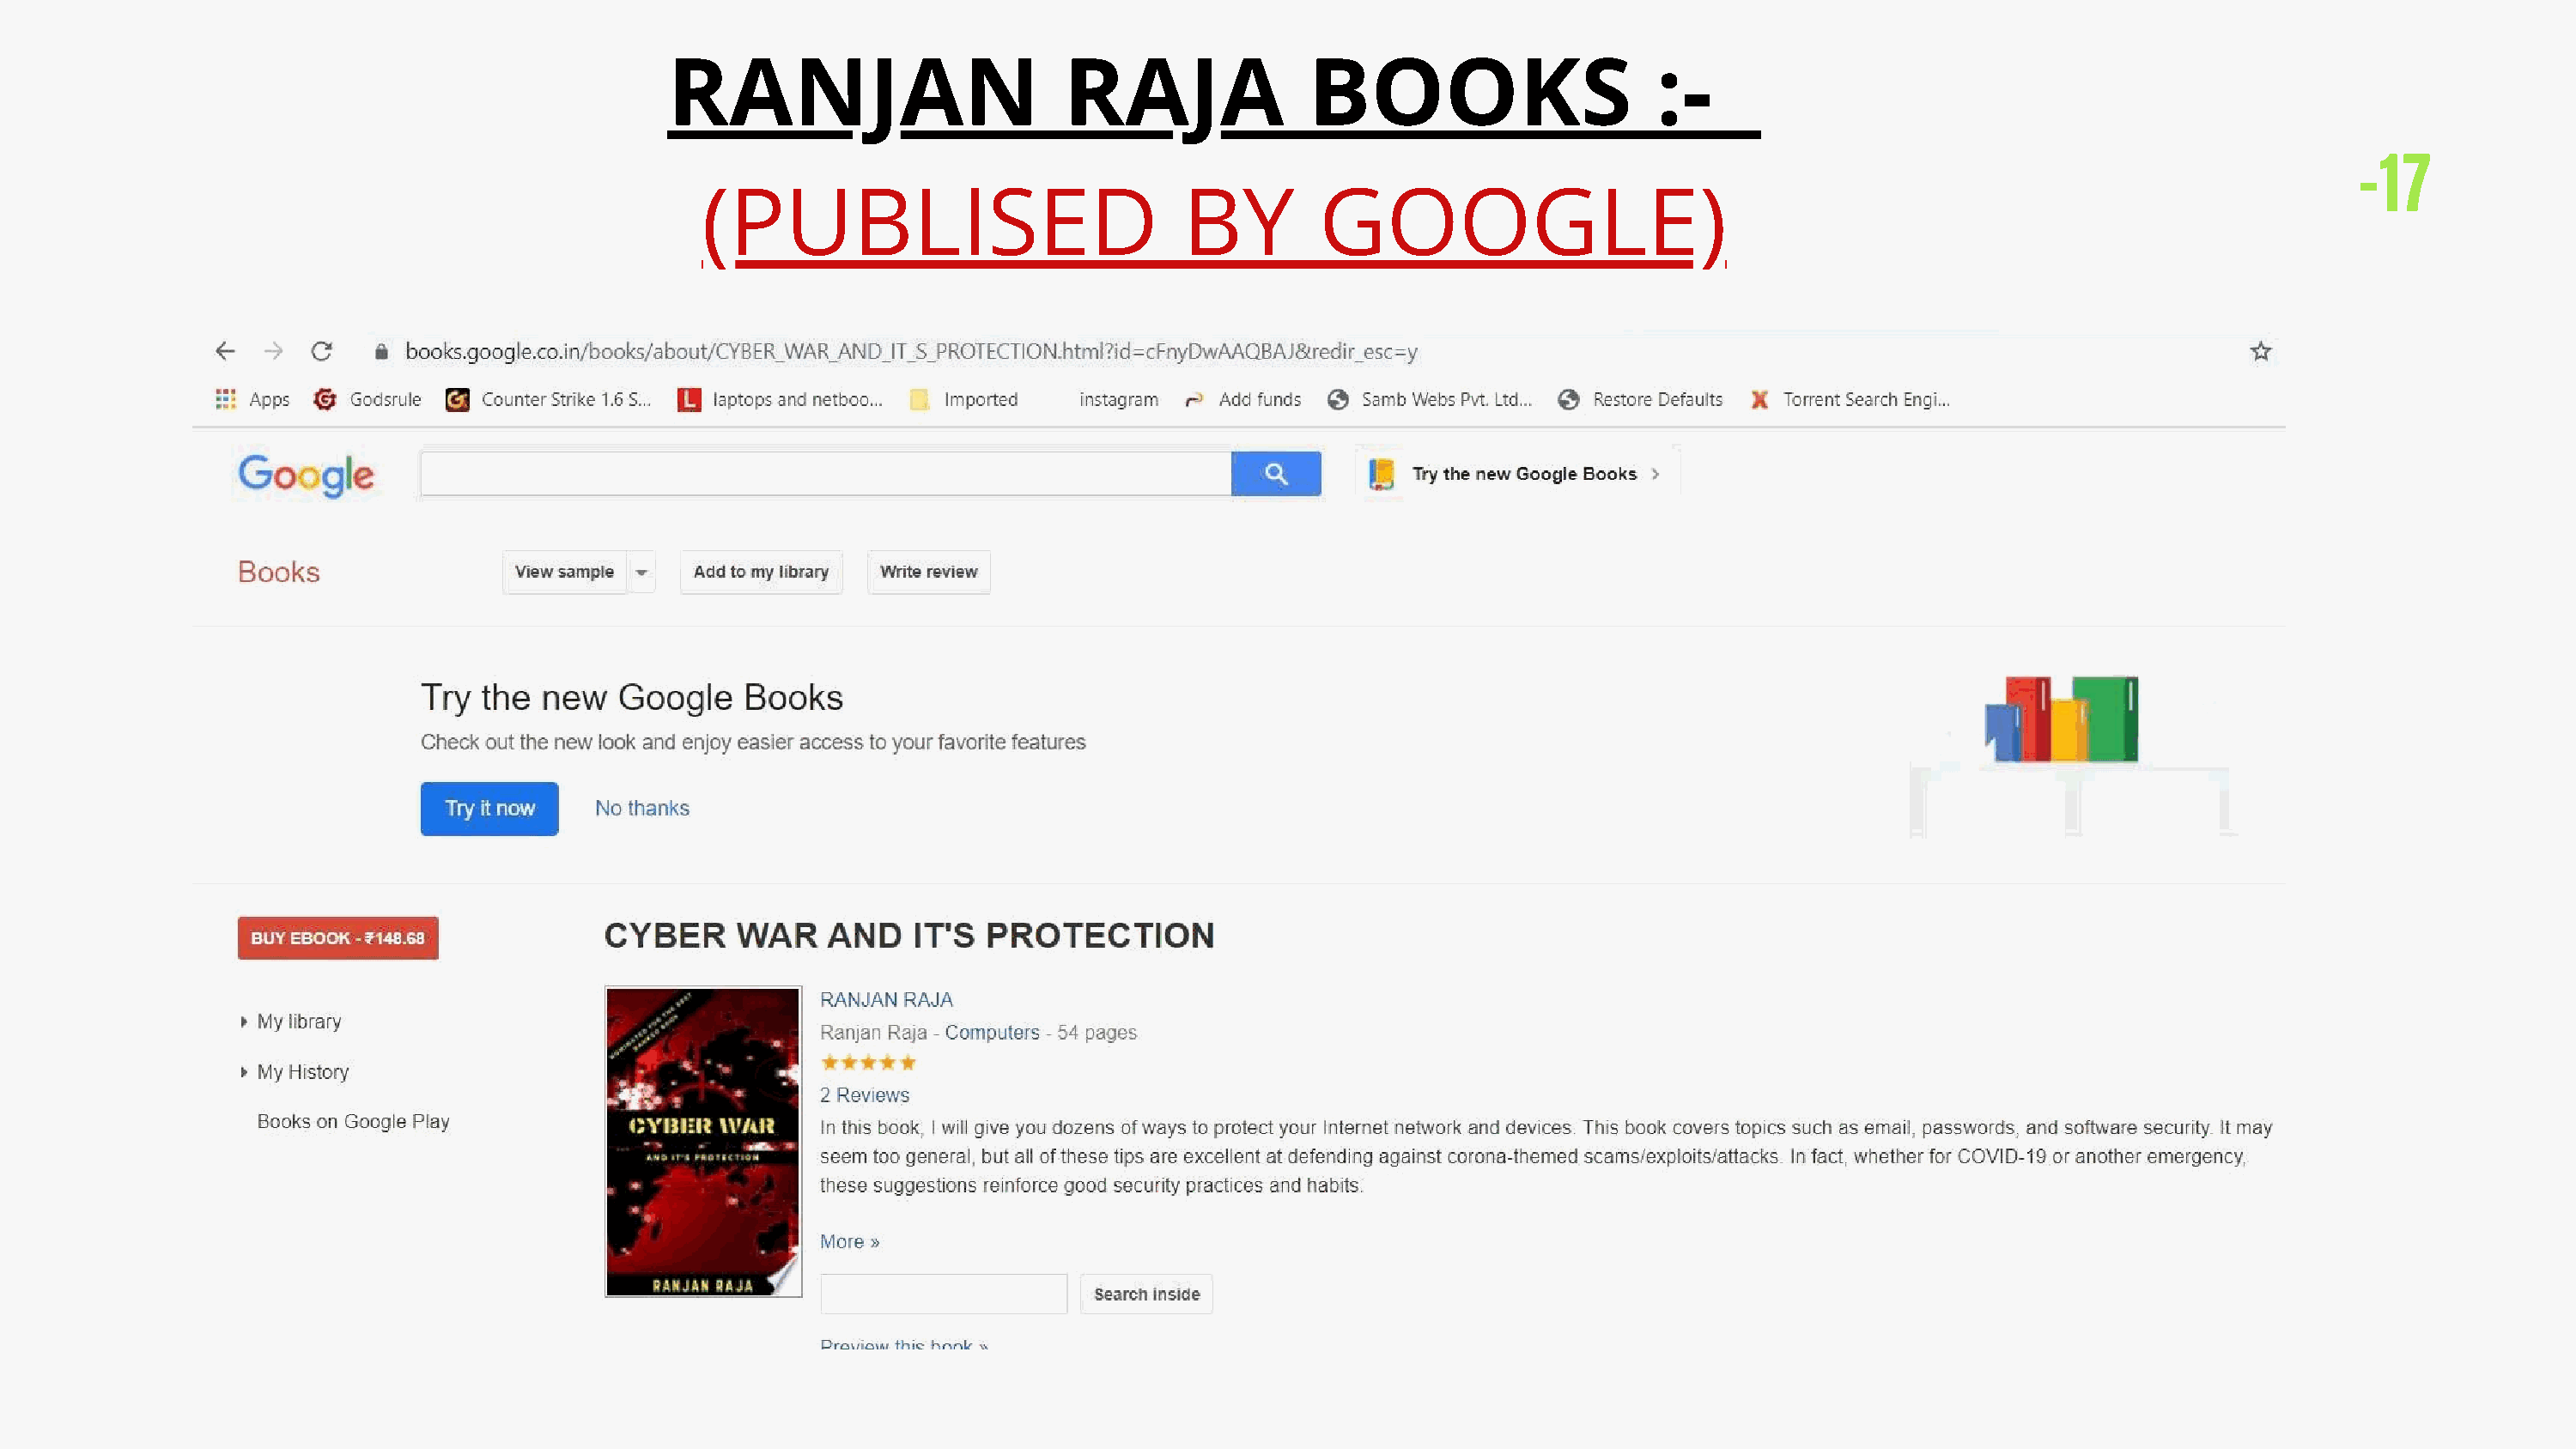
RANJAN                         RAJA               BOOKS                      :-
 -17
 (PUBLISED                            BY         GOOGLE)